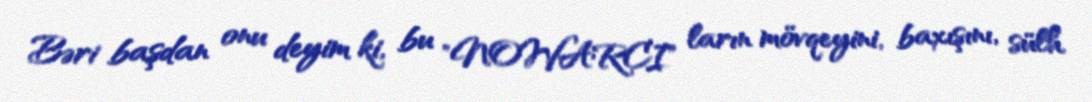
Bəri başdan onu deyim ki, bu "NOWARCI" ların mövqeyini, baxışını, sülh